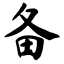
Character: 备